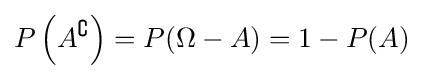
P\left(A^{\complement }\right)=P(\Omega -A)=1-P(A)